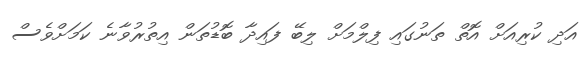
އަދި ކުރިއަށް އޮތް ތަނުގައި ފިލްމަށް ލިބޭ ފައިދާ ބޮޑުތަން އިތުރުވާނެ ކަމަށްވެސް